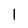
Character: l